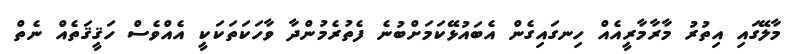
މާލޭގައި އިތުރު މާރާމާރީއެއް ހިނގައިގެން އެބައުޅޭކަމަށްބުނެ ފެތުރެމުންދާ ވާހަކަތަކަކީ އެއްވެސް ހަޤީޤަތެއް ނެތް